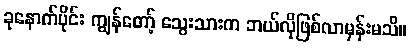
ခုနောက်ပိုင်း ကျွန်တော့် သွေးသားက ဘယ်လိုဖြစ်လာမှန်းမသိ။